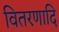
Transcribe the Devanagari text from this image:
वितरणादि